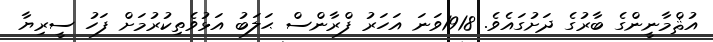
އުޘްމާނީންގެ ބާރުގެ ދަށުގައެވެ. 1918ވަނަ އަހަރު ފްރާންސް ޙަލަބު އަޅުވެތިކުރުމަށް ފަހު ސީރިޔާ